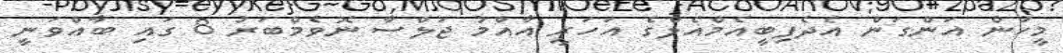
މީހުން އަންގަން އެދެފިބީއެމްއެލްގެ އަހަރީ އާއްމު ޖަލްސާ ނޮވެމްބަރު 8 ގައި ބާއްވަނީ